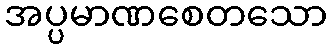
အပ္ပမာဏစေတသော